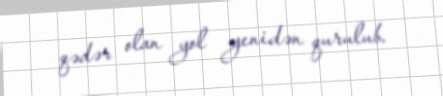
qədər olan yol yenidən qurulub.